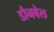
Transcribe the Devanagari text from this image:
डौनवेल